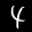
Label: 4